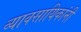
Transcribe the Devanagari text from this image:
व्यावसायिकांनी